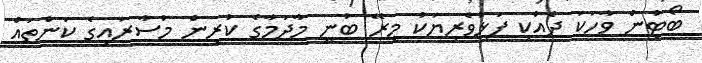
ބޯޓުން ވާހަކަ ދެއްކި ފަޅުވެރިޔަކު މިރޭ ބުނީ މާދަމާގެ ކުރިން މުސާރައިގެ ކަންތައް